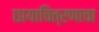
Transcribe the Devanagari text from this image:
छायाचित्रणाचा